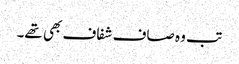
تب وہ صاف شفاف بھی تھے۔